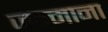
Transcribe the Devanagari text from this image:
जन्माना